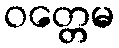
ဝတ္တေမ